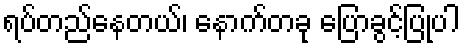
ရပ်တည်နေတယ်၊ နောက်တခု ပြောခွင့်ပြုပါ